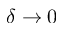
\delta \to 0